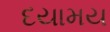
દયામય